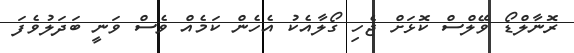
ރޮނާލްޑޯ ވޭލްސް ކޮޅަށް ޖެހި ގޯލާއެކު އެހެން ކަމެއް ވެސް ވަނީ ބަދަލުވެފަ